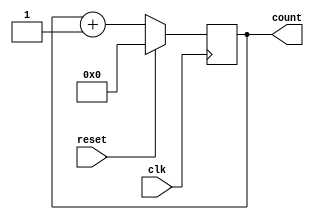
`timescale 1ns / 1ps
//////////////////////////////////////////////////////////////////////////////////
// Company: 
// Engineer: 
// 
// Design Name: 
// Module Name:    syn_upcounter_4b 
// Project Name: 
// Target Devices: 
// Tool versions: 
// Description: 
//
// Dependencies: 
//
// Revision: 
// Revision 0.01 - File Created
// Additional Comments: 
//
//////////////////////////////////////////////////////////////////////////////////
module syn_upcounter_4b(clk,reset,count);
	input clk,reset;
	output reg [3:0]count;
	always@(posedge clk)
	begin
		if(reset==1'b1)
			count <= 4'b0000;
		else
			count <= count+4'b0001;
	end
endmodule